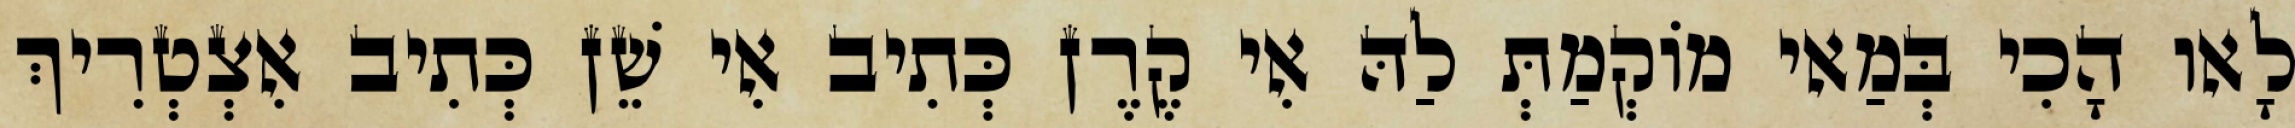
לָאו הָכִי בְּמַאי מוֹקְמַתְּ לַהּ אִי קֶרֶן כְּתִיב אִי שֵׁן כְּתִיב אִצְטְרִיךְ